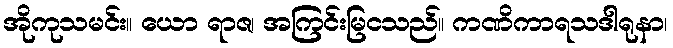
အိုကုသမင်း။ ယော ရာဇ၊ အကြင်းမြငသည်။ ကဏိကာရသဒါရုနာ၊